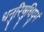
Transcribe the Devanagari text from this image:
धनुरिषुधियुगं